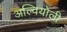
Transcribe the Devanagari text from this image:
अल्वियोली